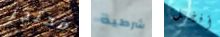
محتجز شرطية أفضل